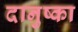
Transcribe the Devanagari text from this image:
दानुष्का